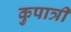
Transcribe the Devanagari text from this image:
कुपात्री